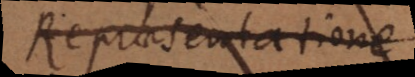
Repraesentatione